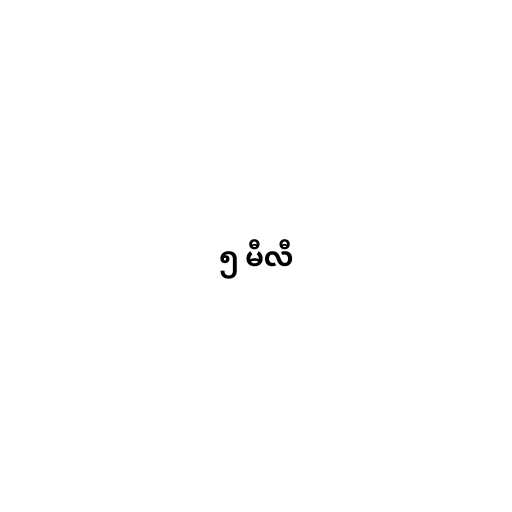
၅ မီလီ